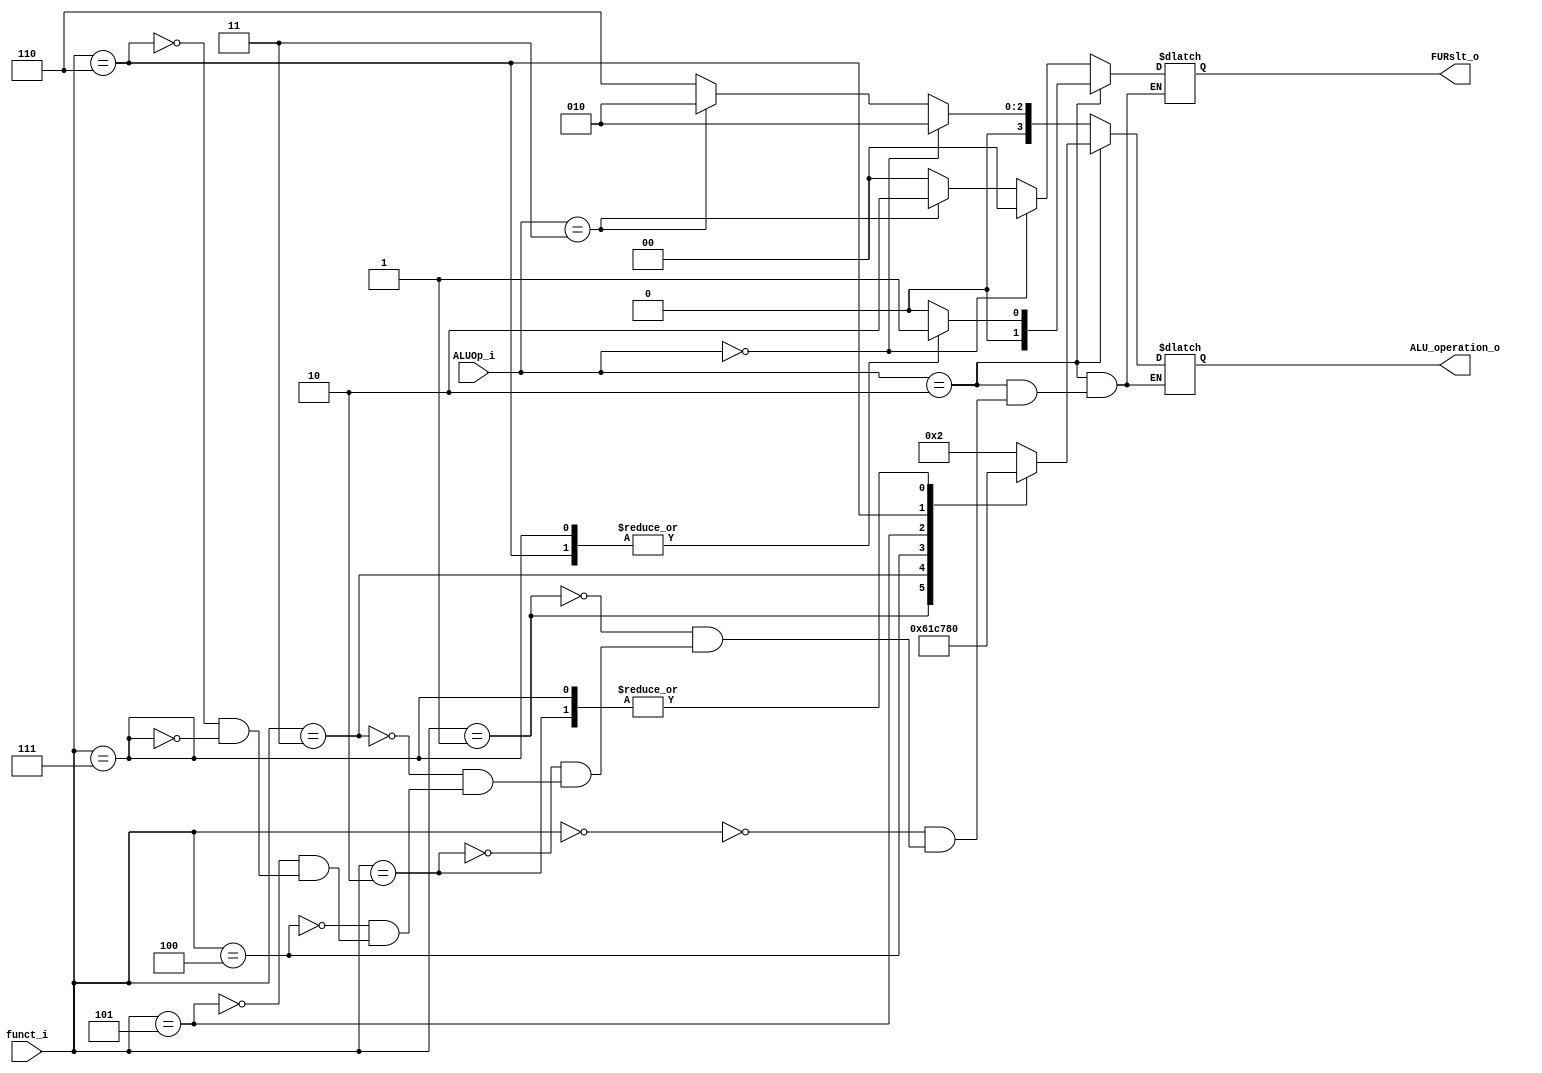
module ALU_Ctrl( funct_i, ALUOp_i, ALU_operation_o, FURslt_o);

//I/O ports
input      [4-1:0] funct_i;
input      [2-1:0] ALUOp_i;

output     [4-1:0] ALU_operation_o;
output     [2-1:0] FURslt_o;

//Internal Signals
wire		[4-1:0] ALU_operation_o;
wire		[2-1:0] FURslt_o;

//Main function
/*your code here*/
reg [3:0] aluop;
reg [1:0] furslt;

always@(*)
begin
    if(ALUOp_i == 2'b10)
    begin //R-type
        case(funct_i)
            4'b0000:
            begin // add
                aluop = 4'b0010;
                furslt = 2'b00;

            end

            4'b0001:
            begin // sub
                aluop = 4'b0110;
                furslt = 2'b00;

            end

            4'b0010:
            begin // and
                aluop = 4'b0000;
                furslt = 2'b00;

            end

            4'b0011:
            begin // or
                aluop = 4'b0001;
                furslt = 2'b00;

            end

            4'b0100:
            begin // nor
                aluop = 4'b1100;
                furslt = 2'b00;

            end

            4'b0101:
            begin // slt
                aluop = 4'b0111;
                furslt = 2'b00;

            end

            4'b0110:
            begin // sll
                aluop = 4'b1000; //connect the ALU_operation_o[3] to the leftRight
                furslt = 2'b01;

            end

            4'b0111:
            begin // srl
                aluop = 4'b0000;
                furslt = 2'b01;

            end
        endcase
    end

    else if(ALUOp_i == 2'b00)
    begin // addi, lw, sw
        aluop = 4'b0010;
        furslt = 2'b00;

    end

    else if(ALUOp_i == 2'b11)
    begin // lui
        aluop = 4'b0010;
        furslt = 2'b10;

    end

    else
    begin // beq , bne , jump
        aluop = 4'b0110;
        furslt = 2'b00;

    end
end



assign ALU_operation_o = aluop;
assign FURslt_o = furslt;


endmodule